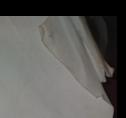
Signature authenticity: genuine